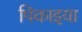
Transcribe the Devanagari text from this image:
पिकाइया